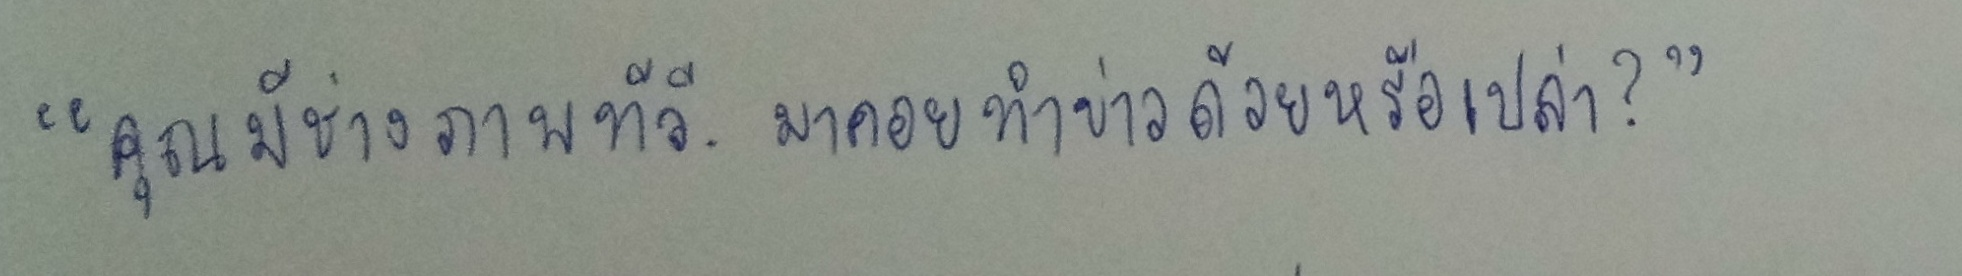
"คุณมีช่างภาพทีวี.มาคอยทำข่าวด้วยหรือเปล่า?"